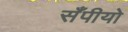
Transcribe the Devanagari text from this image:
सँपीयो